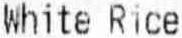
WHITE RICE